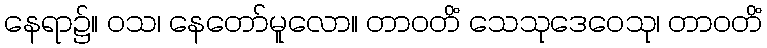
နေရာ၌။ ဝသ၊ နေတော်မူလော။ တာဝတိံ သေသုဒေဝေသု၊ တာဝတိံ